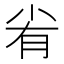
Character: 𡭮